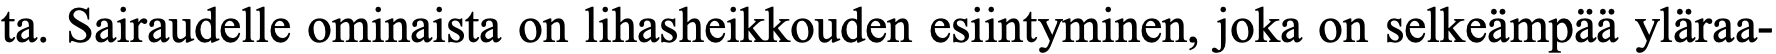
ta. Sairaudelle ominaista on lihasheikkouden esiintyminen, joka on selkeämpää yläraa-